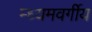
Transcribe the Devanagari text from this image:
म्ध्यमवर्गीय